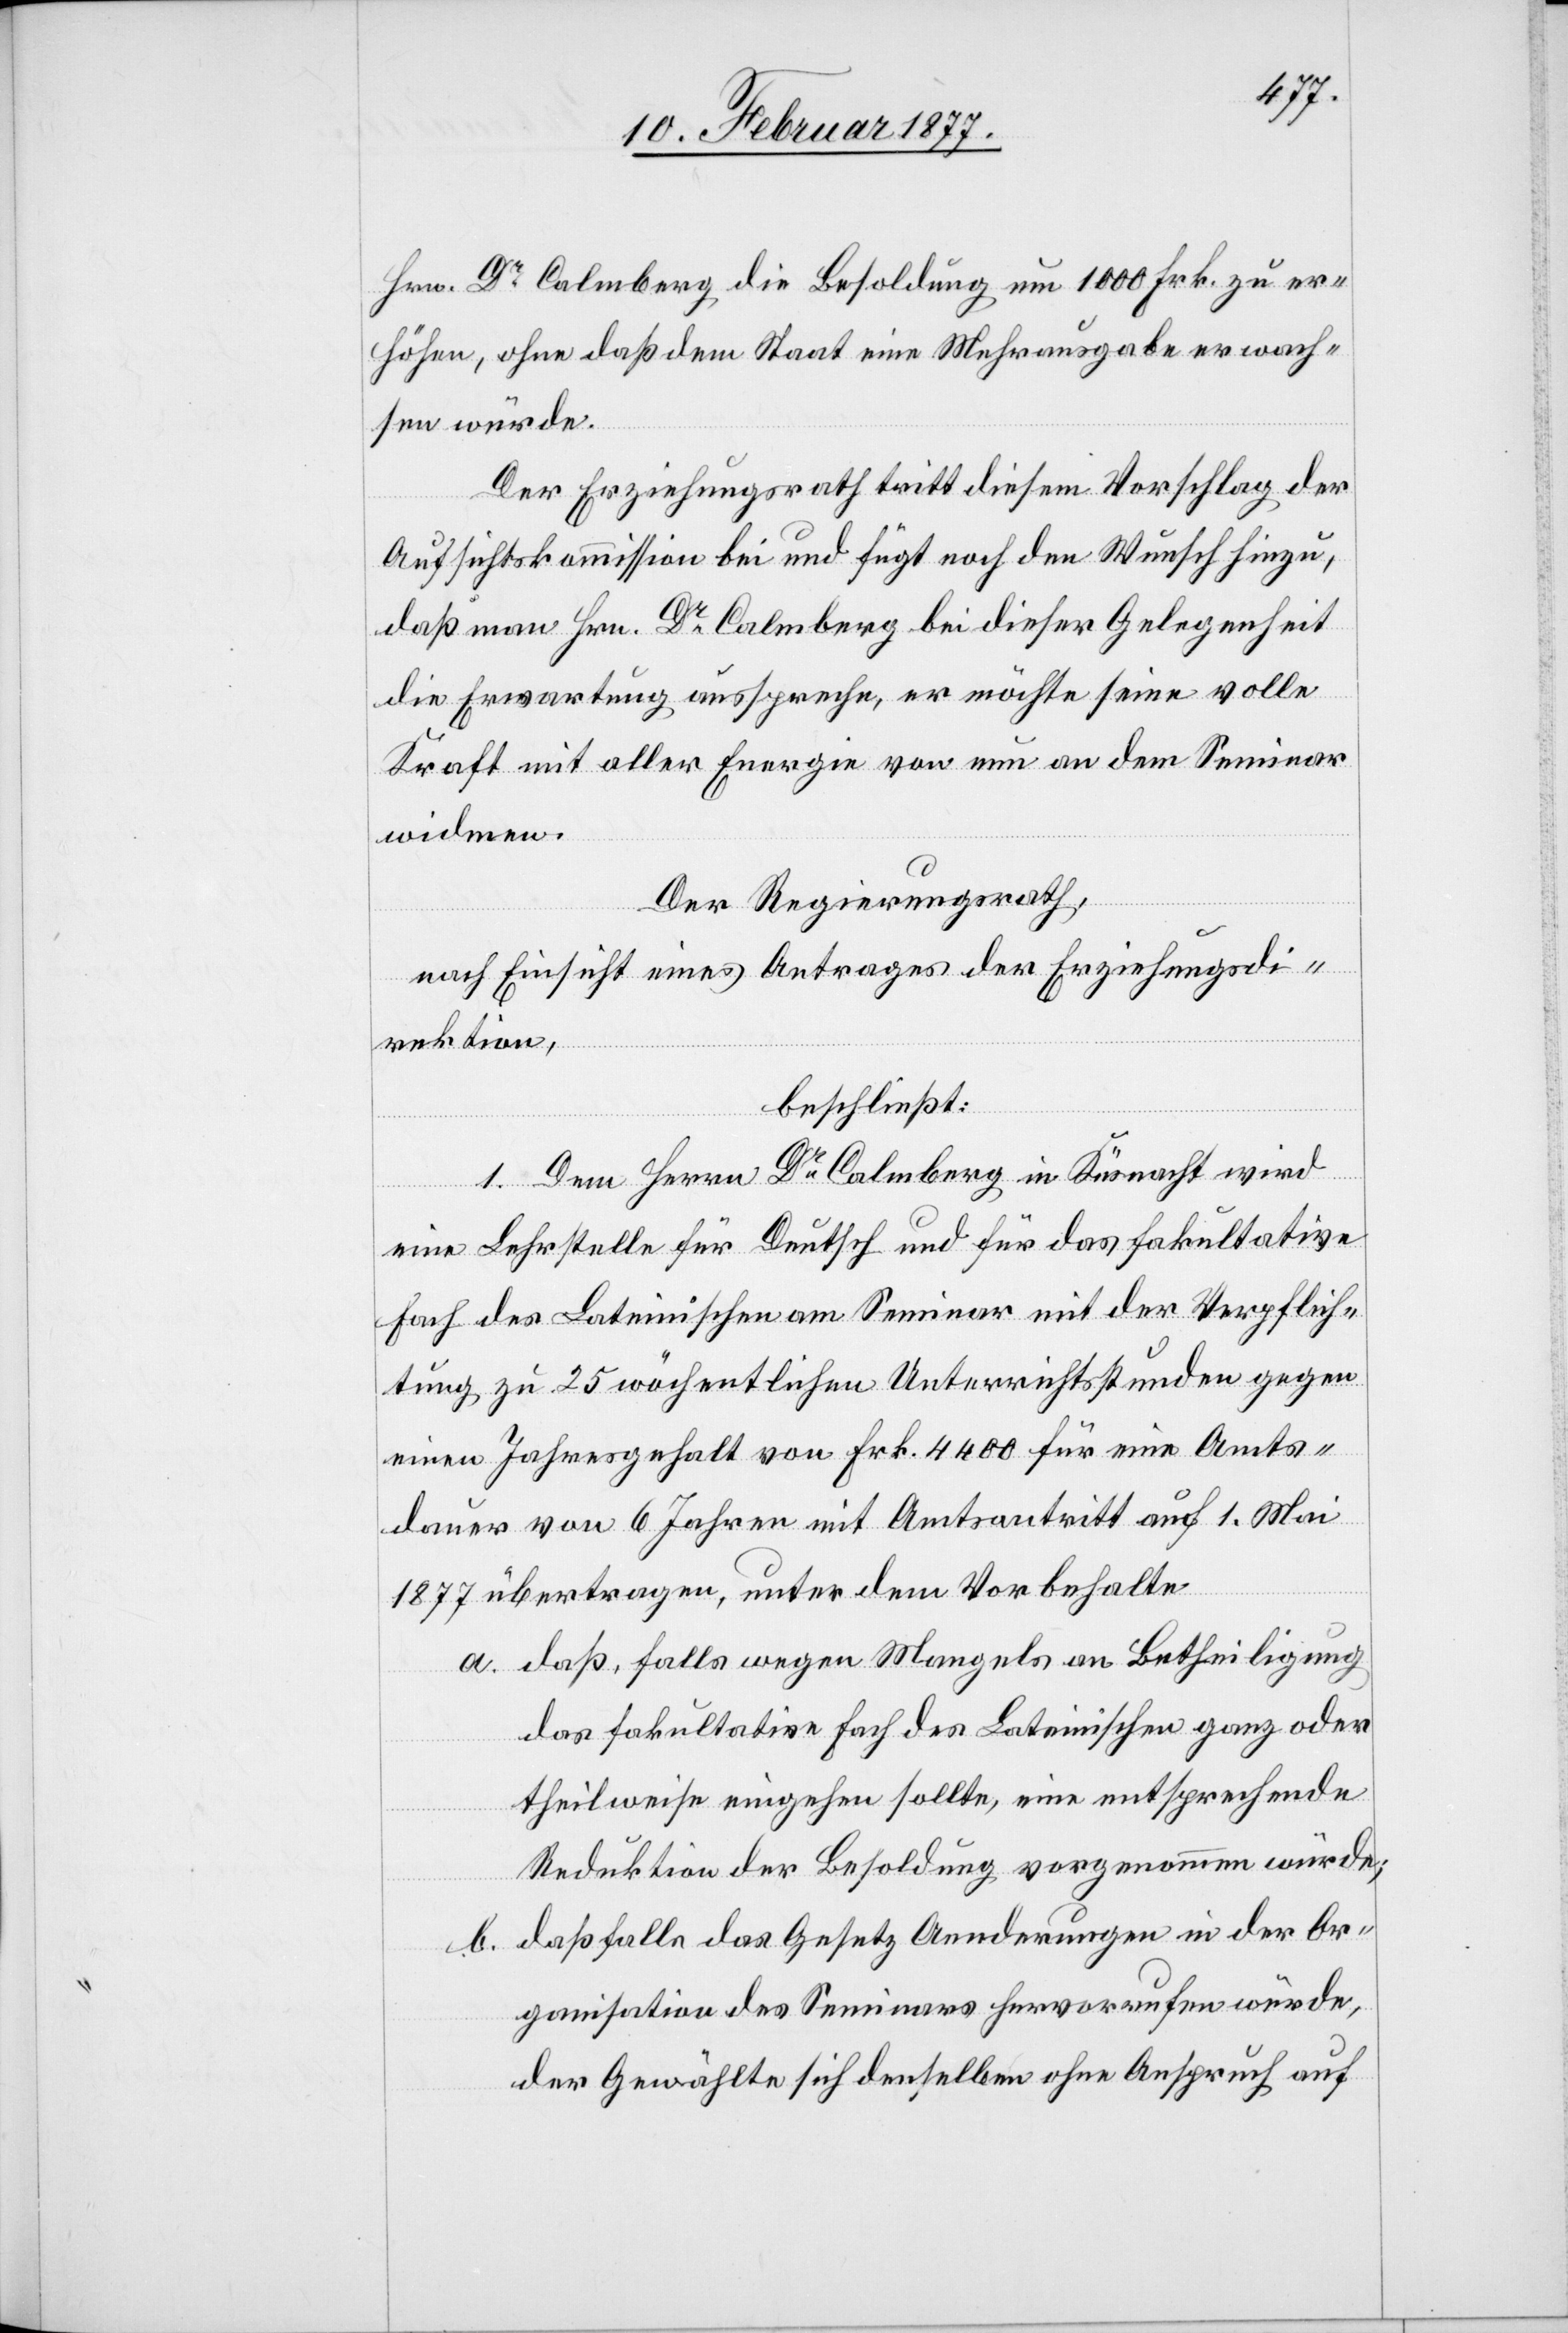
Hrn. Dr Calmberg die Besoldung um 1000 Frk. zu er¬
höhen, ohne daß dem Staate eine Mehrausgabe erwach¬
sen würde.
Der Erziehungsrath tritt diesem Vorschlag der
Aufsichtskommission bei und fügt noch den Wunsch hinzu,
daß man Hrn. Dr Calmberg bei dieser Gelegenheit
die Erwartung ausspreche, er möchte seine volle
Kraft mit aller Energie von nun an dem Seminar
widmen.
Der Regierungsrath,
nach Einsicht eines Antrages der Erziehungsdi¬
rektion,
beschließt:
1. Dem Herrn Dr Calmberg in Küsnacht wird
eine Lehrstelle für Deutsch und für das fakultative
Fach des Lateinischen am Seminar mit der Verpflich¬
tung zu 25 wöchentlichen Unterrichtsstunden gegen
einen Jahresgehalt von Frk. 4400 für eine Amts¬
dauer von 6 Jahren mit Amtsantritt auf 1. Mai
1877 übertragen, unter dem Vorbehalte
a. daß, falls wegen Mangels an Betheiligung
das fakultative Fach des Lateinischen ganz oder
theilweise eingehen sollte, eine entsprechende
Reduktion der Besoldung vorgenommen würde;
daß falls das Gesetz Aenderungen in der Or¬
b.
ganisation des Seminars hervorrufen würde,
der Gewählte sich denselben ohne Anspruch auf